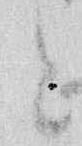
と